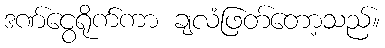
ဒဏ်ငွေရိုက်ကာ ချလံဖြတ်တော့သည်။